Annual report of the Punjab Veterinary College and of the Civil Veterinary Department, Punjab - 1926-1932
Year: 1926
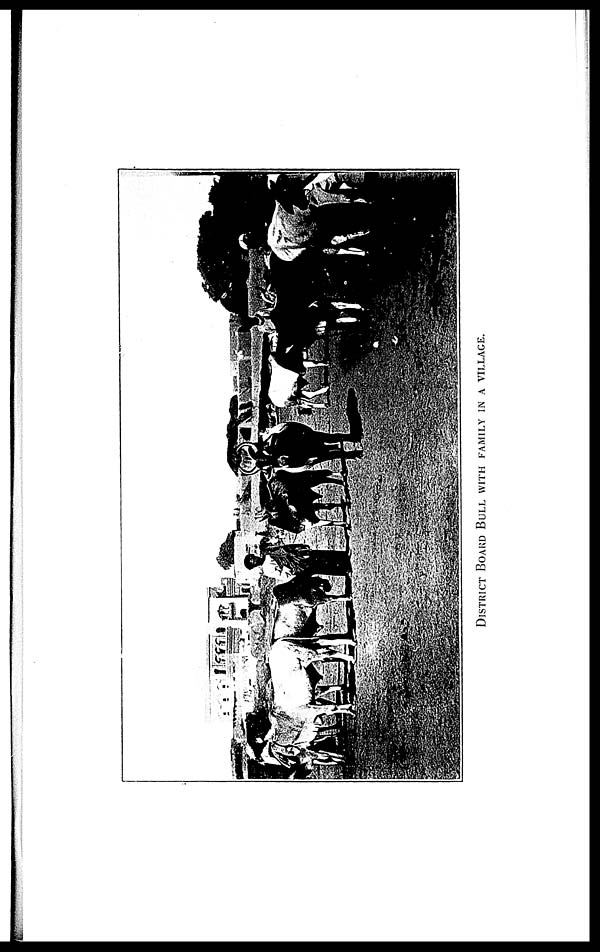
DISTRICT BOARD BULL WITH FAMILY IN A VILLAGE.